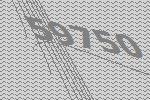
59750